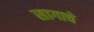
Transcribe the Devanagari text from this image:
सागाचे